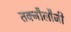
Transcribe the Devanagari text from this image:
तक्नौलौजी